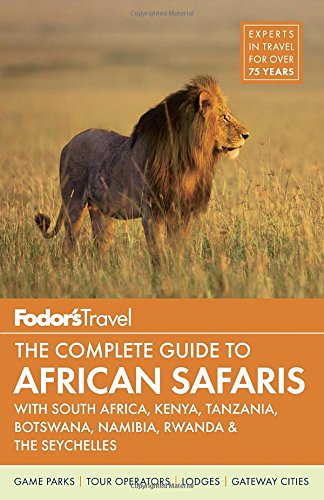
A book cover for Fodor's The Complete Guide to African Safaris: with South Africa, Kenya, Tanzania, Botswana, Namibia, Rwanda & the Seychelles (Full-color Travel Guide); Fodor's; Sports & Outdoors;